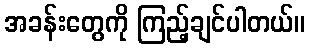
အခန်းတွေကို ကြည့်ချင်ပါတယ်။